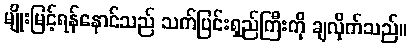
မျိုးမြင့်ရန်နောင်သည် သက်ပြင်းရှည်ကြီးကို ချလိုက်သည်။